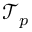
\mathcal { T } _ { p }